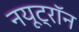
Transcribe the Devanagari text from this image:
नयूट्रॉन